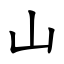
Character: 山